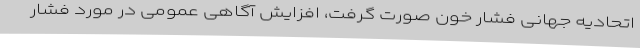
اتحادیه جهانی فشار خون صورت گرفت، افزایش آگاهی عمومی در مورد فشار